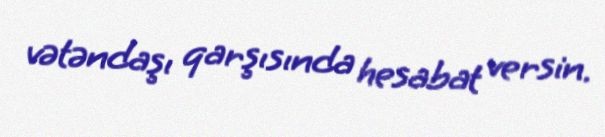
vətəndaşı qarşısında hesabat versin.